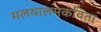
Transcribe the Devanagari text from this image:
मलयालमकविता